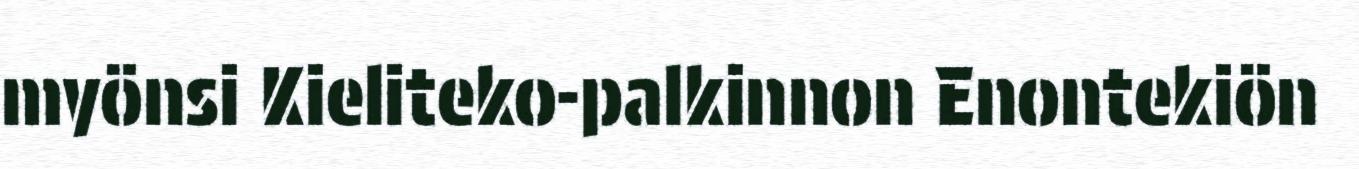
myönsi Kieliteko-palkinnon Enontekiön